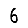
Digit: 6